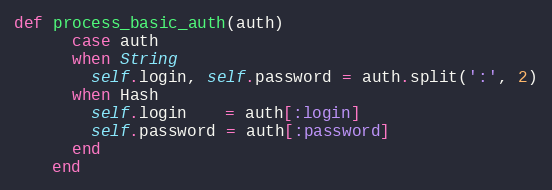
Language: Ruby
def process_basic_auth(auth)
      case auth
      when String
        self.login, self.password = auth.split(':', 2)
      when Hash
        self.login    = auth[:login]
        self.password = auth[:password]
      end
    end